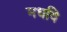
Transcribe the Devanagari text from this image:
मधवि